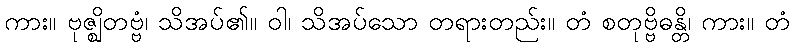
ကား။ ဗုဇ္ဈိတဗ္ဗံ၊ သိအပ်၏။ ဝါ၊ သိအပ်သော တရားတည်း။ တံ စတုဗ္ဗိဓန္တိ၊ ကား။ တံ